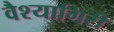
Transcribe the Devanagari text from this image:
वैश्यागिरी